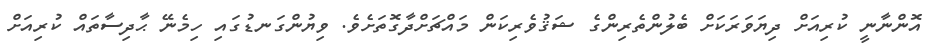
އޮންނާނީ ކުރިއަށް ދިޔަވަރަކަށް ބެލުންތެރިންގެ ޝަޤުވެރިކަން މައްޗަށްދާގޮތަށެވެ. ވިޔުންގަނޑުގައި ހިމެނޭ ޙާދިސާތައް ކުރިއަށް